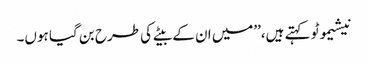
نیشیموٹو کہتے ہیں،’’میں ان کے بیٹے کی طرح بن گیا ہوں۔